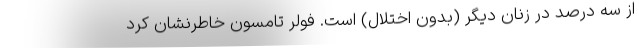
از سه درصد در زنان دیگر (بدون اختلال) است. فولر تامسون خاطرنشان کرد